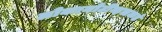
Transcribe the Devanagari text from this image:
लोकामोटीव्हसकडे